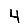
Digit: 4